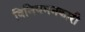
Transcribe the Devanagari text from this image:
विनियमनकारी